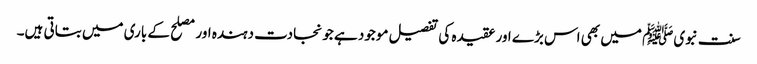
سنت نبویﷺ میں بھی اس بڑے اور عقیدہ کی تفصیل موجود ہے جو نجادت دہندہ اور مصلح کے باری میں بتاتی ہیں۔